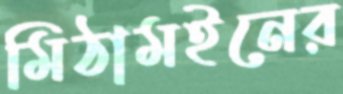
মিঠামইনের